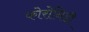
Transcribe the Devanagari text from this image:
फोरोनिडी